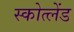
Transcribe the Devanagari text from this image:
स्कोत्लेंड